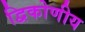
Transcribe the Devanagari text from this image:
द्विकोणीय